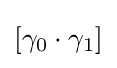
[\gamma _{0}\cdot \gamma _{1}]